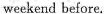
weekend before.